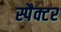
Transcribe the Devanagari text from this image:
स्पैक्टर